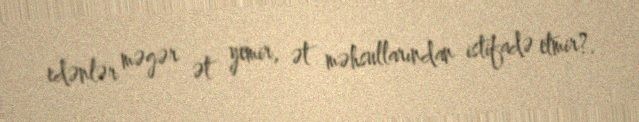
edənlər məgər ət yemir, ət məhsullarından istifadə etmir?.